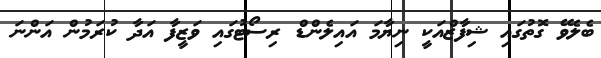
ބެލެވޭ ގޮތުގައި ޝިފާޒްއަކީ ނިޔާމަ އައިލެންޑް ރިސޯޓުގައި ވަޒީފާ އަދާ ކުރަމުން އަންނަ